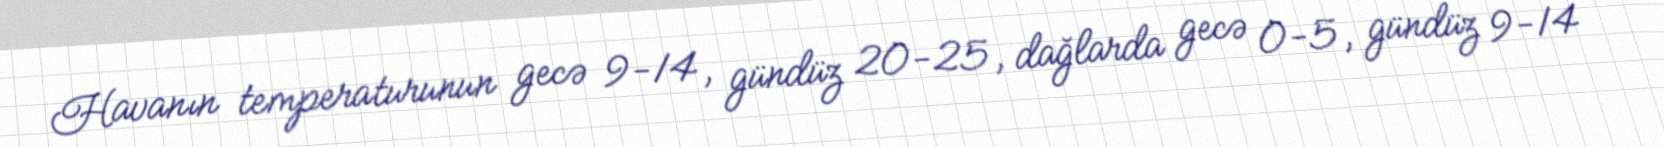
Havanın temperaturunun gecə 9-14, gündüz 20-25, dağlarda gecə 0-5, gündüz 9-14